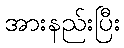
အားနည်းပြီး